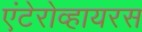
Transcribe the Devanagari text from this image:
एंटेरोव्हायरस